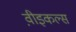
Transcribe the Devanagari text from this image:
व़ीइकल्स